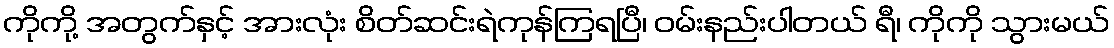
ကိုကို့ အတွက်နှင့် အားလုံး စိတ်ဆင်းရဲကုန်ကြရပြီ၊ ဝမ်းနည်းပါတယ် ရီ၊ ကိုကို သွားမယ်